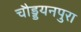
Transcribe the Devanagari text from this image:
चौड्डयनपुरा